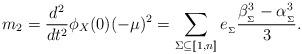
LaTeX: \begin{align*}m_2 = \frac{d^2}{dt^2}\phi_X(0)(-\mu)^2 = \sum_{\Sigma\subseteq [\![1,n]\!]}e_{_\Sigma}\frac{\beta_{_\Sigma}^3-\alpha_{_\Sigma}^3}{3}.\end{align*}